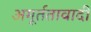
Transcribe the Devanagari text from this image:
अमूर्ततावादी